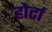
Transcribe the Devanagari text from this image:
होर्टा